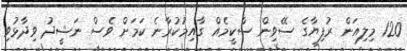
120 މިލިއަން ރުފިޔާގެ ސޭވިން ސްކީމެއް ގާއިމުކުރާނެ ކަމަށް ވެސް ނަޝީދު ވިދާޅުވި